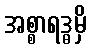
အစ္စာရဒ္ဓမှိ